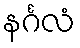
နင်္ဂလံ